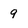
Character: 9